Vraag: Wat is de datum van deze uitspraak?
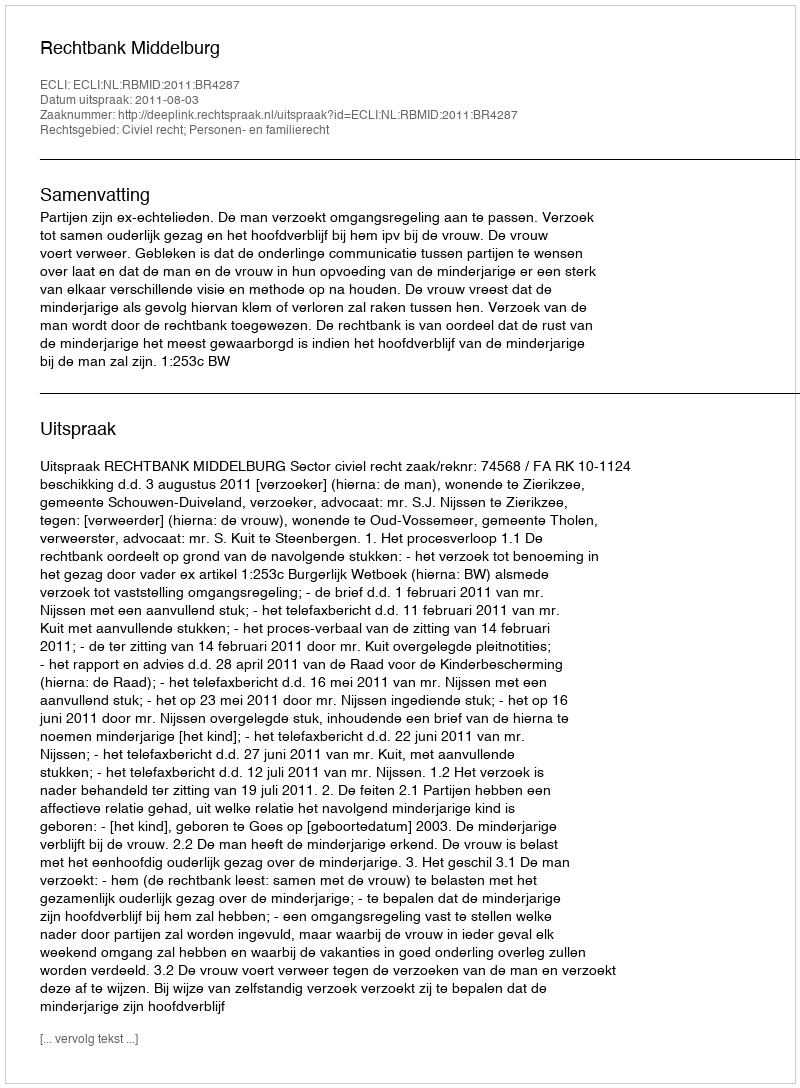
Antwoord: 2011-08-03